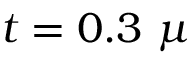
t = 0 . 3 ~ \mu